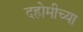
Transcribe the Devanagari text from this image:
दहोमीच्या